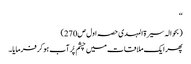
‘‘
(بحوالہ سیرۃ المہدی حصہ اول ص270)
پھر ایک ملاقات میں چشم پُر آب ہو کر فرمایا۔